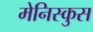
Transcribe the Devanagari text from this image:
मेनिस्कुस